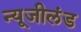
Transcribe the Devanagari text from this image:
न्यूजीलंड